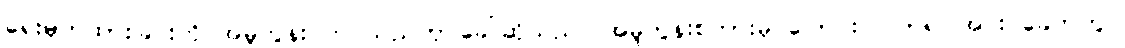
ရေးမှတ်ထားခြင်းကို အမူကွန်း တင်သည်ဟု ခေါ်ဆိုသည်။ အမူကွန်းစကားမှ ပြောင်းလဲလာ၍ အင်းဝခေတ်တွင်